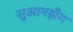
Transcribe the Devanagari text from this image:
सुआनझँग